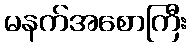
မနက်အစောကြီး